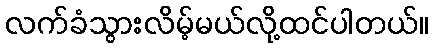
လက်ခံသွားလိမ့်မယ်လို့ထင်ပါတယ်။